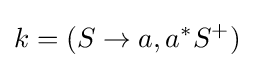
k=(S\to a,a^{*}S^{+})